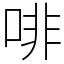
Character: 啡